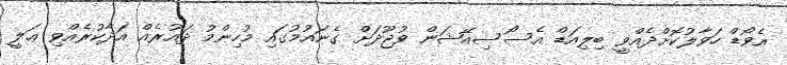
އެވޯޑް ހަވާލުކޮށްދެއްވީ ބިލިއަޑް އެސޯސިއޭޝަން ވުޖޫދަށް ގެނައުމުގައި މުހިންމު ދައުރެއް އަދާކުރެއްވި ޢަލީ